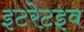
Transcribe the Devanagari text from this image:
इटरेटइव